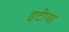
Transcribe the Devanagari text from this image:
इटीया